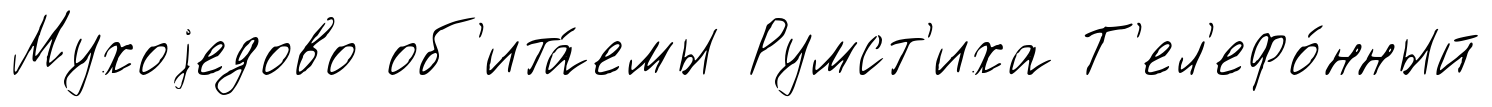
Мухоjедово об'ита́емы Румст'иха Т'ел'ефо́нный